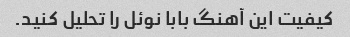
کیفیت این آهنگ بابا نوئل را تحلیل کنید.